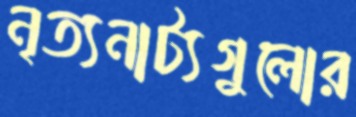
নৃত্যনাট্যগুলোর